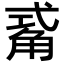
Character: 𮗫